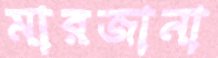
মারজানা